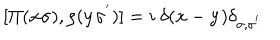
[ \Pi ( { \bf { x } } \sigma ) , \rho ( { \bf { y } } \sigma ^ { ' } ) ] = i \mathrm { ~ } \delta ( { \bf { x } } - { \bf { y } } ) \delta _ { \sigma , \sigma ^ { ' } }